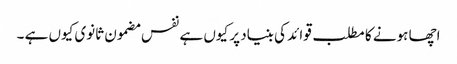
اچھا ہونے کا مطلب قوائد کی بنیاد پر کیوں ہے نفس مضمون ثانوی کیوں ہے ۔